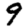
Digit: 9